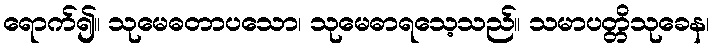
ရောက်၍။ သုမေဓတာပသော၊ သုမေဓာရသေ့သည်။ သမာပတ္တိသုခေန၊